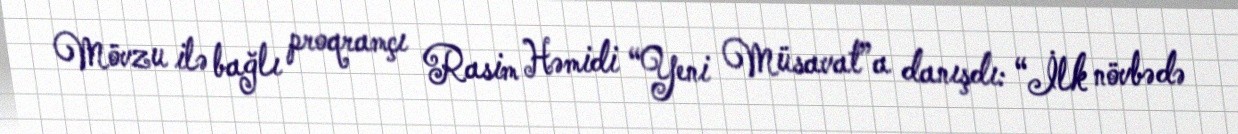
Mövzu ilə bağlı proqramçı Rasim Həmidi “Yeni Müsavat”a danışdı: “İlk növbədə